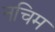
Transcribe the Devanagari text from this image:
नचिम